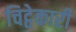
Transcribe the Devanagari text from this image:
चिट्ठेकारी